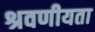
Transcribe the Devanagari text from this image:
श्रवणीयता